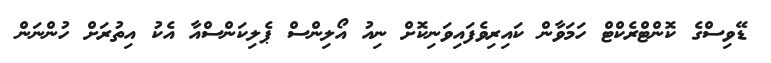
ޑޭވިސްގެ ކޮންޓްރެކްޓް ހަމަވާން ކައިރިވެފައިވަނިކޮށް ނިއު އޯލިންސް ޕެލިކަންސްއާ އެކު އިތުރަށް ހުންނަން